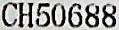
CH50688